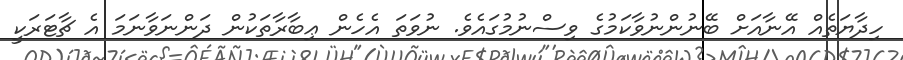
ހިދާޔަތެއް އޭނާއަށް ބޭނުންނުވާކަމުގެ ވިސްނުމުގައެވެ. ނުވަތަ އެހެން ޢިބާރާތަކުން ދަންނަވާނަމަ އެ ޗާޓަރަކީ